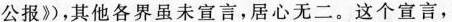
公报》，其他各界虽未宣言，居心无二。这个宣言，